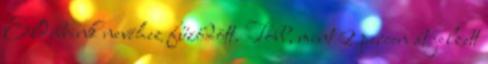
Eldebrink nevéhez fűződött. Több, mint 2 percen át jelzett